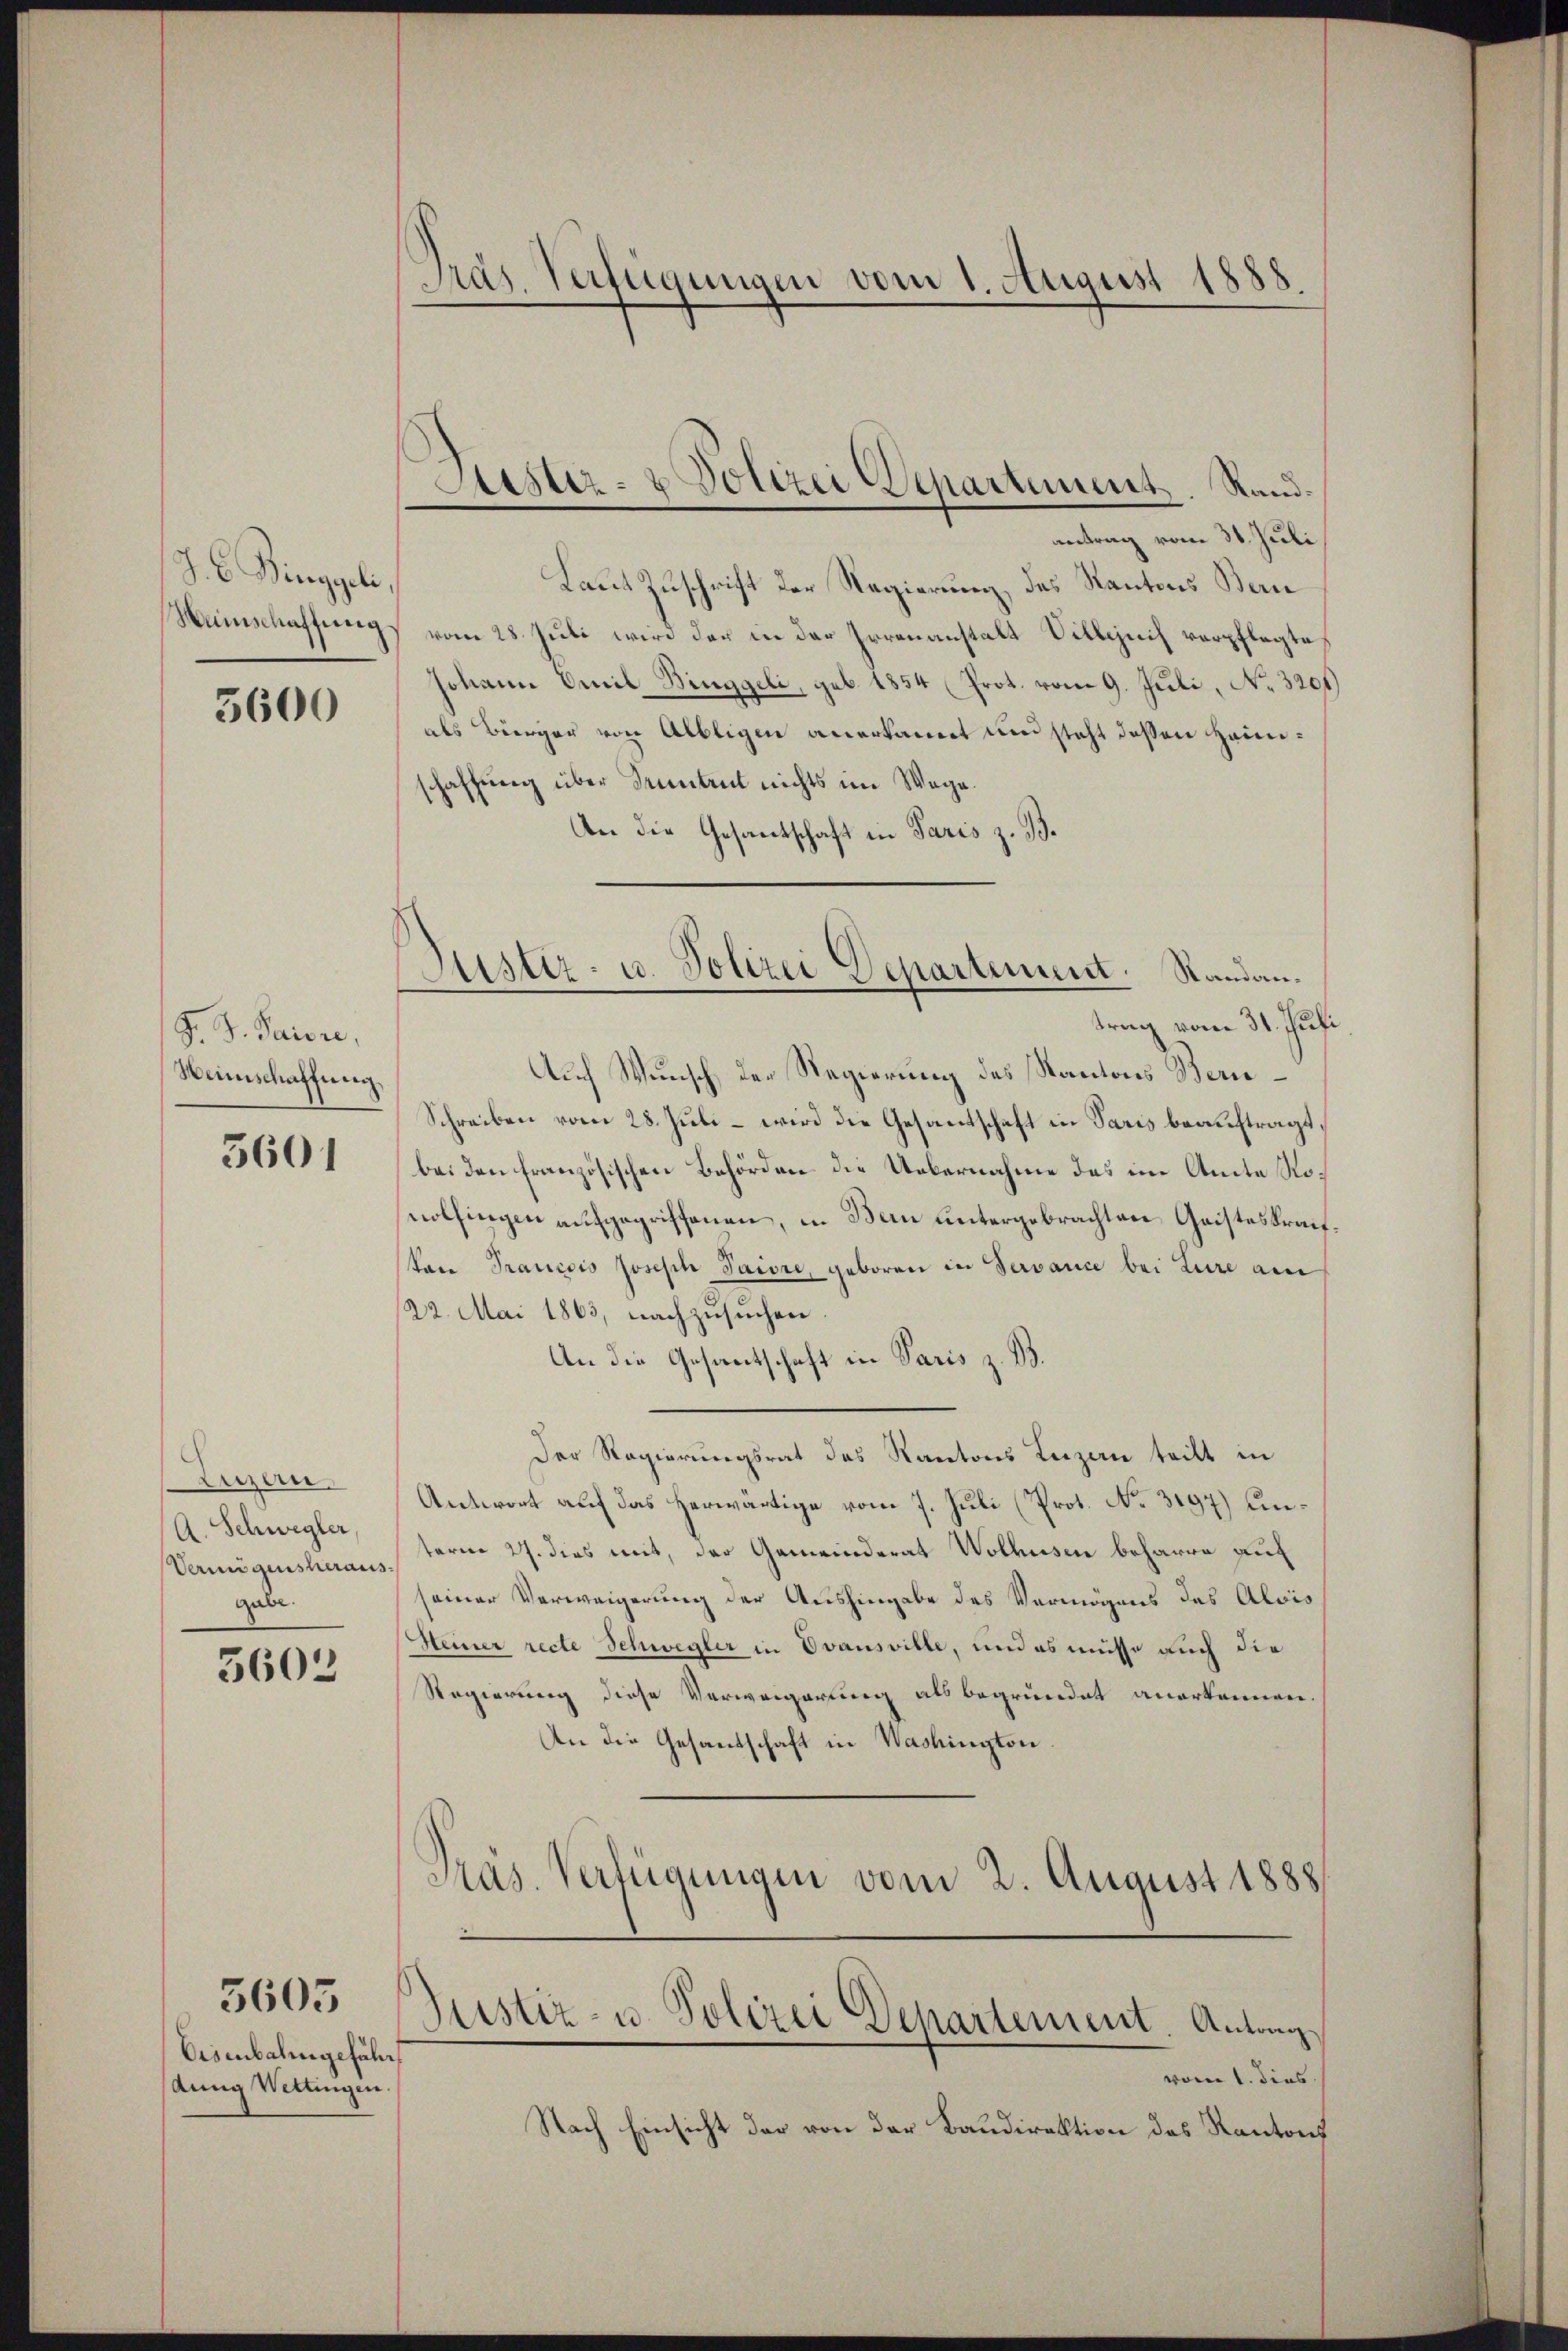
J. C. Ringgeli
Weinschaffung

5600

S. S. Parere,
Winschaffung

5601

Luzern
A. Schwegler
Vermögensheraus
gabe.

5603

Eisenbahngefäl
Aung Wettingen

5603

Präs. Verfügungen vom 1. August 1888

Astiz- & Polizei Departement. Rand¬

Justiz- u. Polizei Departement. Standan¬

antrag vom 31. Juli
Laut Zuschrift der Regierung, das Kantons Bern
vom 28. Juli wird der in der Irrenanstalt Villezuch verpflegte
Johann Emil Binggeli, geb. 1854 (Prot. vom 9. Juli, No. 3201
als Bürger von Albligen anerkannt und steht deßen Heinschaffung über Sentent nichts im Wege.
An die Gesandtschaft in Paris z. B.
trag vom 31. Juli
Auch Wunsch der Regierung des Kantons Berne¬
Schreiben vom 28. Juli – wird die Gesantschaft in Paris beauftragt,
bei den französischen Behörden die Uebernahme des im Amte Nonolfingen aufgegriffenen, in Bern untergebrachten Geisteskraifpan Prancois Joseph Jaiore, geboren in Servance bei Lure am
22. Mai 1863, nachzusuchen
An die Gesantschaft in Paris z. B.
Der Regierungsrat des Kantons Luzern teilt in
Antwort auf das herwärtige vom 7. Juli (Prot. No. 3197) unterm 27. dies mit, der Gemeinderat Wolhusen beharre auf
seiner Verweigerung der Aushingabe des Vermögens des Alois
Meiner recte Schwegler in Evansville, und es müsse auch die
Regierung diese Verweigerung als begründet anerkennen
An die Gesandschaft in Washington.
Präs. Verfügungen vom 2. August 1888
Justiz- u. Polizei Departement. Antrag
vom 1. dies
Nach Einsicht der von der Baudirektion des Kantons